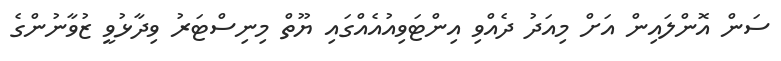
ސަން އޮންލައިން އަށް މިއަދު ދެއްވި އިންޓަވިއުއެއްގައި ޔޫތް މިނިސްޓަރު ވިދާޅުވީ ޒުވާނުންގެ